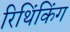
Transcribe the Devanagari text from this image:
रिथिंकिंग